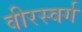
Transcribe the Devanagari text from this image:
वीरस्वर्ग